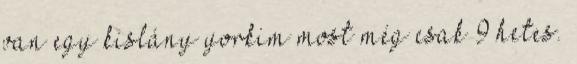
van egy kislány yorkim most még csak 9 hetes.